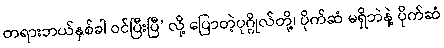
တရားဘယ်နှစ်ခါ ဝင်ပြီးပြီ’ လို့ ပြောတဲ့ပုဂ္ဂိုလ်တို့၊ ပိုက်ဆံ မရှိဘဲနဲ့ ပိုက်ဆံ